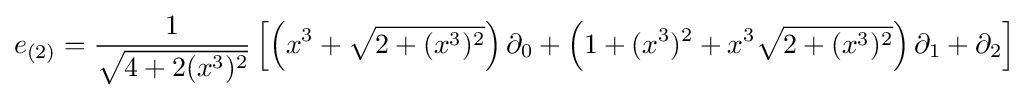
e_{(2)}={\frac {1}{\sqrt {4+2(x^{3})^{2}}}}\left[\left(x^{3}+{\sqrt {2+(x^{3})^{2}}}\right)\partial _{0}+\left(1+(x^{3})^{2}+x^{3}{\sqrt {2+(x^{3})^{2}}}\right)\partial _{1}+\partial _{2}\right]